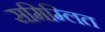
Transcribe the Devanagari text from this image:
समिम्लित